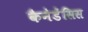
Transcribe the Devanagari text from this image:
कैनेडेंसिस